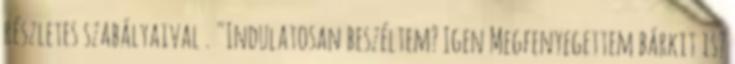
részletes szabályaival . "Indulatosan beszéltem? Igen Megfenyegettem bárkit is?